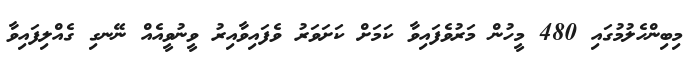
މިބިންހެލުމުގައި 480 މީހުން މަރުވެފައިވާ ކަމަށް ކަށަވަރު ވެފައިވާއިރު ވީނުވީއެއް ނޭނގި ގެއްލިފައިވާ